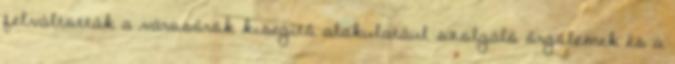
felváltották a városőrök kisegítő alakulatául szolgáló őrgólemek és a